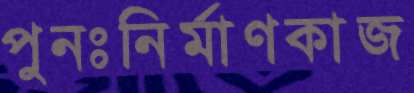
পুনঃনির্মাণকাজ